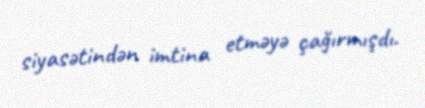
siyasətindən imtina etməyə çağırmışdı.